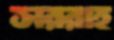
সররাহ